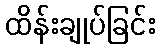
ထိန်းချုပ်ခြင်း